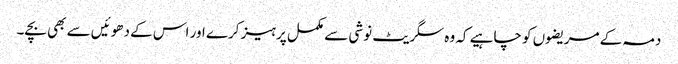
دمہ کے مریضوں کو چاہیے کہ وہ سگریٹ نوشی سے مکمل پرہیز کرے اور اس کے دھوئیں سے بھی بچے۔